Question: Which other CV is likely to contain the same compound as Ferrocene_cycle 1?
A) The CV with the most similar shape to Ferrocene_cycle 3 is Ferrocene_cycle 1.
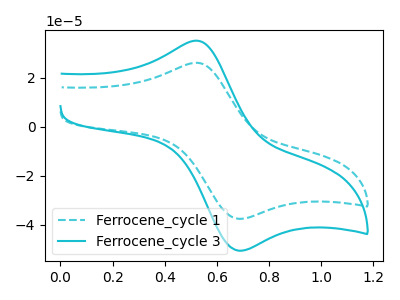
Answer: <think>The cyan dashed curve "Ferrocene_cycle 1" has an anodic peak at (0.50V, 26.05uA) and a cathodic peak at (0.70V, -37.65uA). The cyan curve "Ferrocene_cycle 3" has an anodic peak at (0.50V, 35.10uA) and a cathodic peak at (0.70V, -50.65uA).
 All the peaks in "Ferrocene_cycle 1" have a peak in "Ferrocene_cycle 3" at the same potential. Every peak in "Ferrocene_cycle 1" is lower than every peak in "Ferrocene_cycle 3".</think>
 <answer>A) The CV with the most similar shape to "Ferrocene_cycle 3" is "Ferrocene_cycle 1".</answer>
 <eval>A</eval>